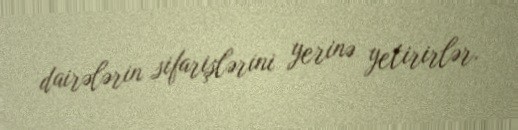
dairələrin sifarişlərini yerinə yetirirlər.